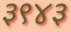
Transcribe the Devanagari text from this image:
३९४३